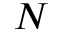
N